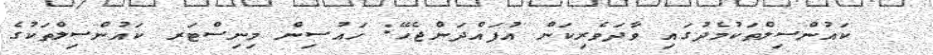
ކައުންސިލްތަކުމެދުގައި ވާދަވެރިކަން އުފައްދަންޖެހޭ: ހައުސިން މިނިސްޓަރ ކައުންސިލްތަކުގެ